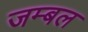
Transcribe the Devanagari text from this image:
जम्‍बल